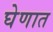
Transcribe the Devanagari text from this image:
घेणात